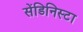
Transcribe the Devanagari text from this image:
सेंडिनिस्टा